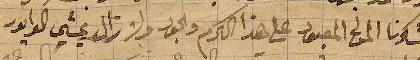
فشكرنا المولى المعبود على هذا الكرم والجود ولا زال يمشي الوابور